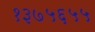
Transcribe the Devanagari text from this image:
१३७५६५५